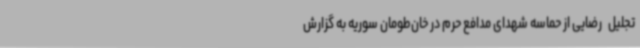
تجلیل   رضایی از حماسه شهدای مدافع حرم در خان‌طومان سوریه به گزارش